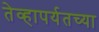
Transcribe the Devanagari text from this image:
तेव्हापर्यतच्या